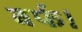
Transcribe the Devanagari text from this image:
बर्फ।